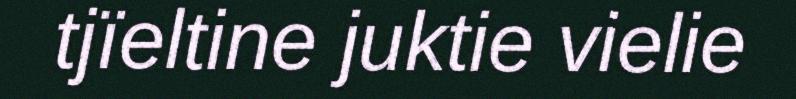
tjïeltine juktie vielie